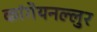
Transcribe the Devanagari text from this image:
कांगेयनल्लुर